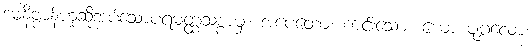
ဒမနိဗ္ဗာန်ဟုဆိုအပ်သောပရမတ္ထသစ္စာမှ။ အပေတော၊ ကင်းသော။ ယော ပုဂ္ဂလော၊